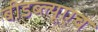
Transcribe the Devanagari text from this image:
बीडब्ल्यूएच